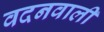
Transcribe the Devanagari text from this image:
वदनवाली